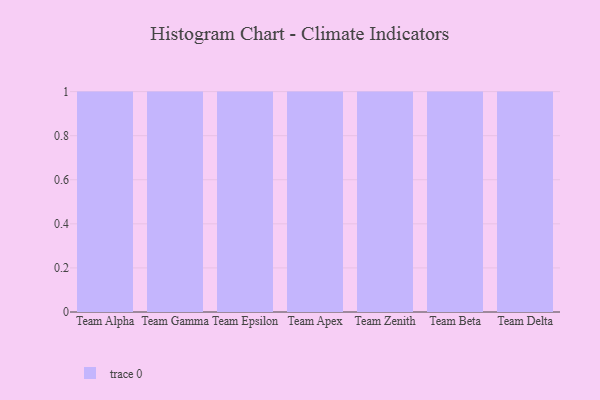
{"axis": {"x": "Team", "y": "Market Share (%)"}, "legend": [""], "data": [{"x": "Team Alpha", "y": 36, "type": ""}, {"x": "Team Gamma", "y": 50, "type": ""}, {"x": "Team Epsilon", "y": 11, "type": ""}, {"x": "Team Apex", "y": 65, "type": ""}, {"x": "Team Zenith", "y": 4, "type": ""}, {"x": "Team Beta", "y": 88, "type": ""}, {"x": "Team Delta", "y": 77, "type": ""}]}